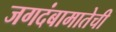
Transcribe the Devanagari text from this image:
जगदंबामातेची